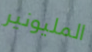
المليونير